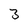
Character: 3